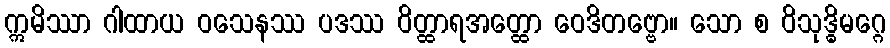
ဣမိဿာ ဂါထာယ ဝသေနဿ ပဒဿ ဝိတ္ထာရအတ္ထော ဝေဒိတဗ္ဗော။ သော စ ဝိသုဒ္ဓိမဂ္ဂေ